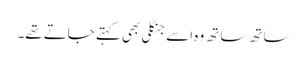
ساتھ ساتھ وہ اسے جنگلی بھی کہتے جاتے تھے۔